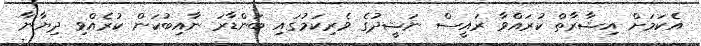
އެކަމަށް އިޝާރާތް ކުރައްވާ ރައީސް ނަޝީދުގެ ވެރިކަމުގައި ބަންޑާރަ ނާއިބުކަން ކުރެއްވި ދިޔާނާ